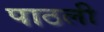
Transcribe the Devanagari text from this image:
पाठली